Annual report on the working of the mental hospitals in the Madras Presidency - 1912-1932
Year: 1912
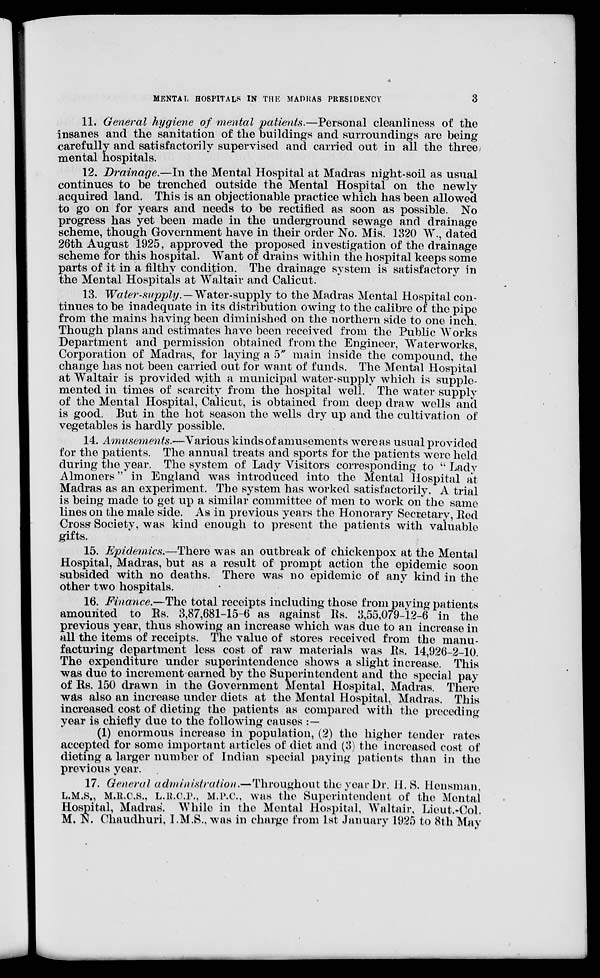
MENTAL HOSPITALS IN THE MADRAS PRESIDENCY
3
11. General hygiene of mental patients.—Personal cleanliness of the
insanes and the sanitation of the buildings and surroundings are being
carefully and satisfactorily supervised and carried out in all the three
mental hospitals.
12. Drainage.—In the Mental Hospital at Madras night-soil as usual
continues to be trenched outside the Mental Hospital on the newly
acquired land. This is an objectionable practice which has been allowed
to go on for years and needs to be rectified as soon as possible. No
progress has yet been made in the underground sewage and drainage
scheme, though Government have in their order No. Mis. 1320 W., dated
26th August 1925, approved the proposed investigation of the drainage
scheme for this hospital. Want of drains within the hospital keeps some
parts of it in a filthy condition. The drainage system is satisfactory in
the Mental Hospitals at Waltair and Calicut.
13. Water-supply.— Water-supply to the Madras Mental Hospital con-
tinues to be inadequate in its distribution owing to the calibre of the pipe
from the mains having been diminished on the northern side to one inch.
Though plans and estimates have been received from the Public Works
Department and permission obtained from the Engineer, Waterworks,
Corporation of Madras, for laying a 5" main inside the compound, the
change has not been carried out for want of funds. The Mental Hospital
at Waltair is provided with a municipal water-supply which is supple-
mented in times of scarcity from the hospital well. The water supply
of the Mental Hospital, Calicut, is obtained from deep draw wells and
is good. But in the hot season the wells dry up and the cultivation of
vegetables is hardly possible.
14. Amusements.—Various kinds of amusements were as usual provided
for the patients. The annual treats and sports for the patients were held
during the year. The system of Lady Visitors corresponding to " Lady
Almoners" in England was introduced into the Mental Hospital at
Madras as an experiment. The system has worked satisfactorily. A trial
is being made to get up a similar committee of men to work on the same
lines on the male side. As in previous years the Honorary Secretary, Red
Cross Society, was kind enough to present the patients with valuable
gifts.
15. Epidemics.—There was an outbreak of chickenpox at the Mental
Hospital, Madras, but as a result of prompt action the epidemic soon
subsided with no deaths. There was no epidemic of any kind in the
other two hospitals.
16. Finance.—The total receipts including those from paying patients
amounted to Rs. 3,87,681-15-6 as against Rs. 3,55,079-12-6 in the
previous year, thus showing an increase which was due to an increase in
all the items of receipts. The value of stores received from the manu-
facturing department less cost of raw materials was Rs. 14,926-2-10.
The expenditure under superintendence shows a slight increase. This
was due to increment earned by the Superintendent and the special pay
of Rs. 150 drawn in the Government Mental Hospital, Madras. There
was also an increase under diets at the Mental Hospital, Madras. This
increased cost of dieting the patients as compared with the preceding
year is chiefly due to the following causes :—
(1) enormous increase in population, (2) the higher tender rates
accepted for some important articles of diet and (3) the increased cost of
dieting a larger number of Indian special paying patients than in the
previous year.
17. General administration.—Throughout the year Dr. H.S. Hensman,
L.M.S., M.R.C.S., L.R.C.P., M.P.C., was the Superintendent of the Mental
Hospital, Madras. While in the Mental Hospital, Waltair, Lieut.-Col.
M. N. Chaudhuri, I.M.S., was in charge from 1st January 1925 to 8th May